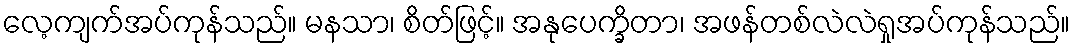
လေ့ကျက်အပ်ကုန်သည်။ မနသာ၊ စိတ်ဖြင့်။ အနုပေက္ခိတာ၊ အဖန်တစ်လဲလဲရှုအပ်ကုန်သည်။